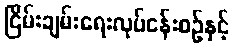
ငြိမ်းချမ်းရေးလုပ်ငန်းစဉ်နှင့်